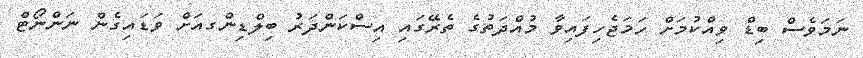
ނަމަވެސް ބިޑް ވިއްކުމަށް ހަމަޖެހިފައިވާ މުއްދަތުގެ ތެރޭގައި އިސްކަންދަރު ބިލްޑިންގއަށް ވަޑައިގެން ނަންނޯޓް